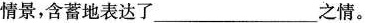
情景，含蓄地表达了___之情。